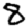
Digit: 8